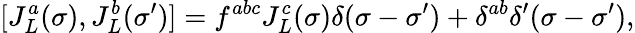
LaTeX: [J_{L}^{a}(\sigma),J_{L}^{b}(\sigma^{\prime})]=f^{abc}J_{L}^{c}(\sigma)\delta(\sigma-\sigma^{\prime})+\delta^{ab}\delta^{\prime}(\sigma-\sigma^{\prime}),